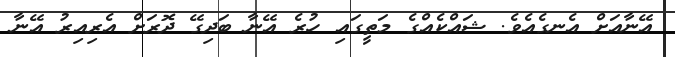
އޭނާއަށް އެނގެއެވެ. ޝައްކެއްގެ މަތީގައި ހުރެ އޭނާ ބަދިގޭ ދޮރަށް އެރިއިރު އޭނާ